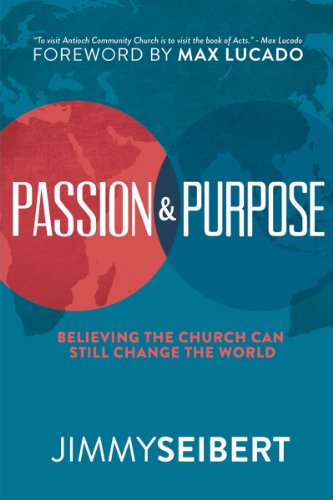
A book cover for Passion & Purpose: Believing the Church Can Still Change the World; Jimmy Seibert; Christian Books & Bibles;